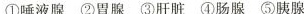
①唾液腺 ②胃腺 ③肝脏 ④肠腺 ⑤胰腺